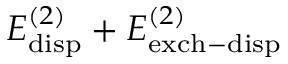
E _ { \mathrm { d i s p } } ^ { ( 2 ) } + E _ { \mathrm { e x c h - d i s p } } ^ { ( 2 ) }